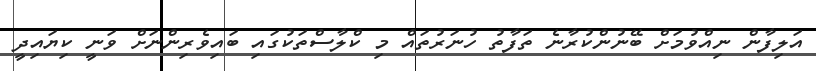
އަލިފާން ނިއްވުމަށް ބޭނުންކުރާނެ ތަފާތު ހުނަރުތައް މި ކްލާސްތަކުގައި ބައިވެރިންނަށް ވަނީ ކިޔައިދީ